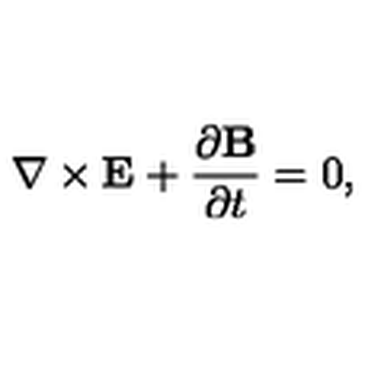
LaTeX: \nabla \times { \bf E } + \frac { \partial { \bf B } } { \partial t } = 0 ,